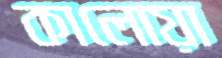
কালোয়া